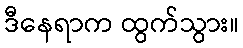
ဒီနေရာက ထွက်သွား။